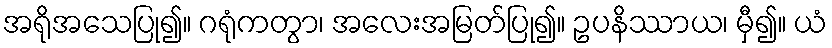
အရိုအသေပြု၍။ ဂရုံကတွာ၊ အလေးအမြတ်ပြု၍။ ဥပနိဿာယ၊ မှီ၍။ ယံ